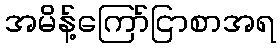
အမိန့်ကြော်ငြာစာအရ